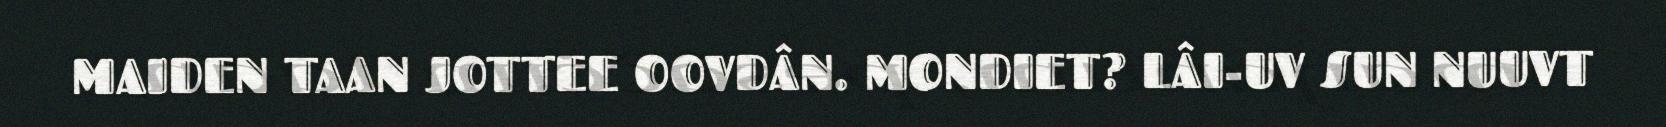
MAIDEN TAAN JOTTEE OOVDÂN. MONDIET? LÂI-UV SUN NUUVT